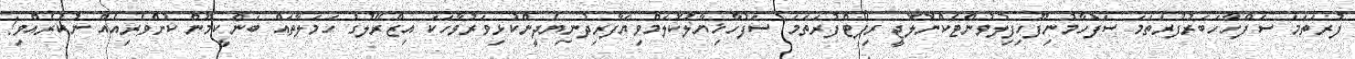
ފުރަތަމަ ސަފްހާހަބަރުފުރަތަމަ ސަފުހާމުނިފޫހިފިލުވުންޓެކްނޮލޮޖީ ރިޕޯޓްފުރަތަމަ ސަފުހާޚިޔާލުކޮލަމްވިޔަފާރިދުނިޔެދީންކުޅިވަރުވާހަކަ އިޒްރޭލުގެ ހަމަލާތައް ބަންކީމޫން ކުށްވެރިއެއް ނުކުރެއްވި!